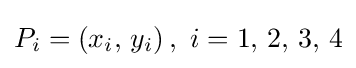
P_{i}=\left(x_{i},\,y_{i}\right),\ i=1,\,2,\,3,\,4